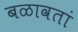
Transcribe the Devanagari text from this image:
बळावतां